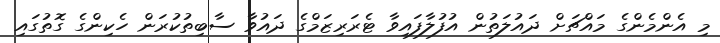
މި އެންމެންގެ މައްޗަށް ދައުލަތުން އުފުލާފައިވާ ޓެރަރިޒަމްގެ ދައުވާ ސާބިތުކުރަން ހެކިންގެ ގޮތުގައި